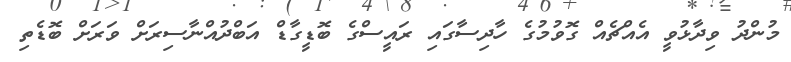
މުންދު ވިދާޅުވީ އެއްޗެއް ގޮވުމުގެ ހާދިސާގައި ރައީސްގެ ބޮޑީގާޑް އަބްދުއްނާސިރަށް ވަރަށް ބޮޑެތި